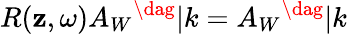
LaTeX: R(\mathbf{z},\omega)A_{W}{}^{\dag}|k=A_{W}{}^{\dag}|k